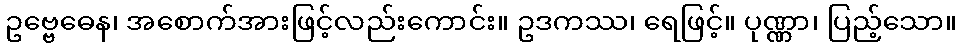
ဥဗ္ဗေဓေန၊ အစောက်အားဖြင့်လည်းကောင်း။ ဥဒကဿ၊ ရေဖြင့်။ ပုဏ္ဏာ၊ ပြည့်သော။